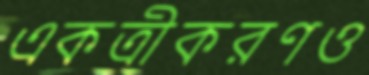
একত্রীকরণও